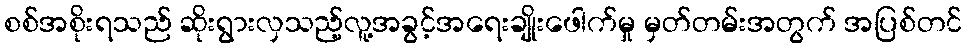
စစ်အစိုးရသည် ဆိုးရွားလှသည့်လူ့အခွင့်အရေးချိုးဖေါက်မှု မှတ်တမ်းအတွက် အပြစ်တင်